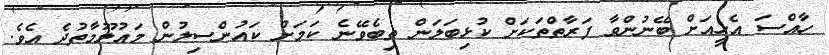
ހާއްސަ އެހީއަށް ބޭނުންވާ ފަރާތްތަކަށް ކުޅިބަލަން ތިބެވޭނެ ކަމަށް ކައުންސިލުން މައުލޫމާތުދެ އެވެ.